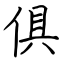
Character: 俱